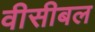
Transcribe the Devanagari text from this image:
वीसीबल